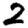
Digit: 2